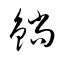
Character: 鋿